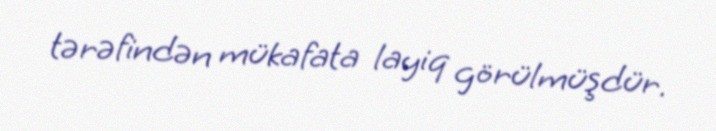
tərəfindən mükafata layiq görülmüşdür.